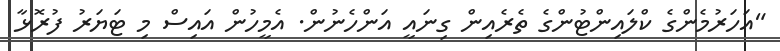
"އަހަރުމެންގެ ކްލައިންޓުންގެ ތެރެއިން ގިނައީ އަންހެނުން. އެމީހުން އައިސް މި ޓަޔަރު ފުރޮޅާ